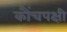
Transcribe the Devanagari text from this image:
कौंचपक्षी